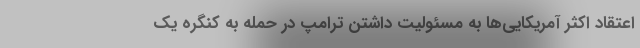
اعتقاد اکثر آمریکایی‌ها به مسئولیت داشتن ترامپ در حمله به کنگره یک